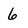
Character: 6